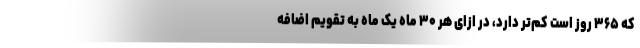
که ۳۶۵ روز است کم‌تر دارد، در ازای هر ۳۰ ماه یک ماه به تقویم اضافه